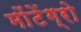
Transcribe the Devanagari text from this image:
मोंटेंग्रो